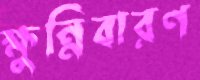
ক্ষুন্নিবারণ